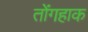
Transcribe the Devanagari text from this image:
तोंगहाक